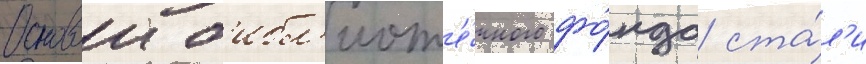
Основои б'ибл'иот'е́чного фо́нда ста́л'и